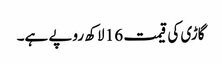
گاڑی کی قیمت 16 لاکھ روپے ہے۔